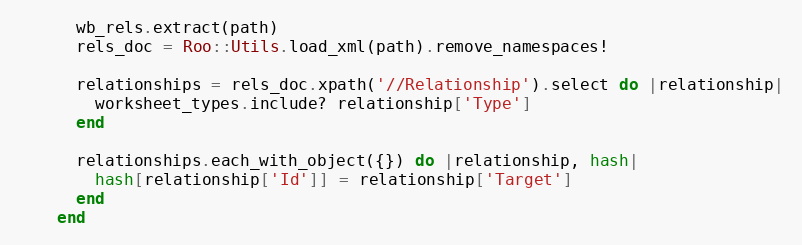
Language: Ruby
      wb_rels.extract(path)
      rels_doc = Roo::Utils.load_xml(path).remove_namespaces!

      relationships = rels_doc.xpath('//Relationship').select do |relationship|
        worksheet_types.include? relationship['Type']
      end

      relationships.each_with_object({}) do |relationship, hash|
        hash[relationship['Id']] = relationship['Target']
      end
    end